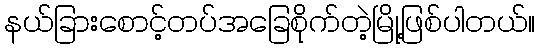
နယ်ခြားစောင့်တပ်အခြေစိုက်တဲ့မြို့ဖြစ်ပါတယ်။